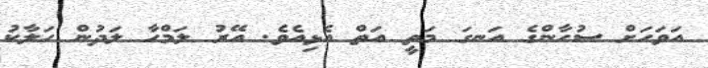
އަވަހަށް ސުހާންގެ އަނގަ މަތީ އަތް އެޅިއެވެ. އޭރު ލަމްހާ ލަދުން ހަލާކު